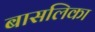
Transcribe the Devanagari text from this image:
बासलिका